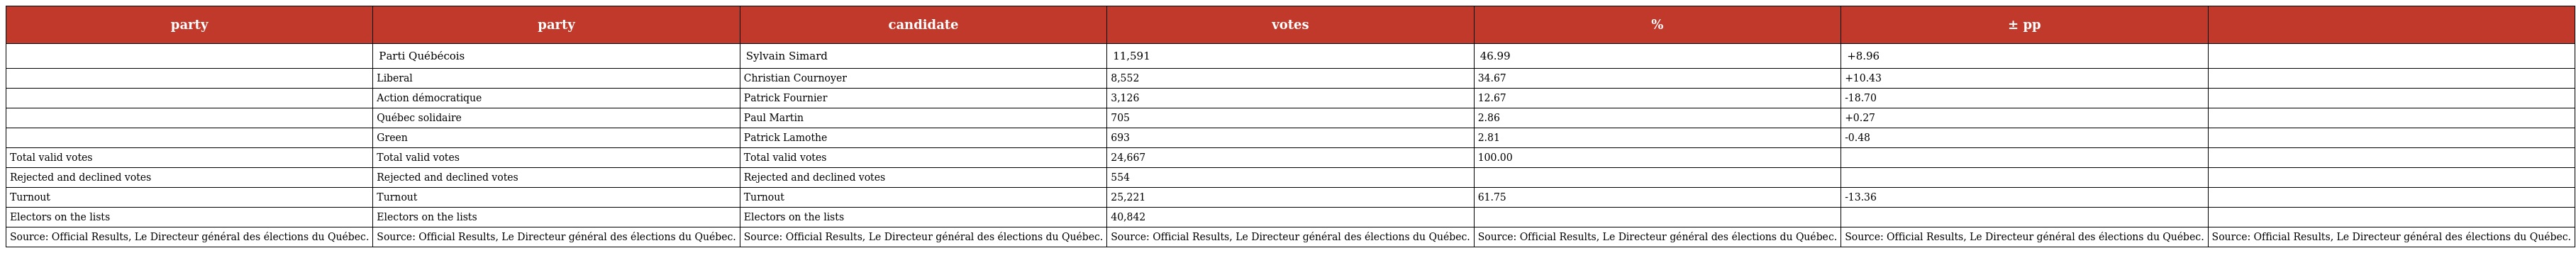
| party | party | candidate | votes | % | ± pp |  |
 | --- | --- | --- | --- | --- | --- | --- |
 |  | Parti Québécois | Sylvain Simard | 11,591 | 46.99 | +8.96 |  |
 |  | Liberal | Christian Cournoyer | 8,552 | 34.67 | +10.43 |  |
 |  | Action démocratique | Patrick Fournier | 3,126 | 12.67 | -18.70 |  |
 |  | Québec solidaire | Paul Martin | 705 | 2.86 | +0.27 |  |
 |  | Green | Patrick Lamothe | 693 | 2.81 | -0.48 |  |
 | Total valid votes | Total valid votes | Total valid votes | 24,667 | 100.00 |  |  |
 | Rejected and declined votes | Rejected and declined votes | Rejected and declined votes | 554 |  |  |  |
 | Turnout | Turnout | Turnout | 25,221 | 61.75 | -13.36 |  |
 | Electors on the lists | Electors on the lists | Electors on the lists | 40,842 |  |  |  |
 | Source: Official Results, Le Directeur général des élections du Québec. | Source: Official Results, Le Directeur général des élections du Québec. | Source: Official Results, Le Directeur général des élections du Québec. | Source: Official Results, Le Directeur général des élections du Québec. | Source: Official Results, Le Directeur général des élections du Québec. | Source: Official Results, Le Directeur général des élections du Québec. | Source: Official Results, Le Directeur général des élections du Québec. |